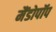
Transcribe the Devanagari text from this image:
मैंडोपॉप